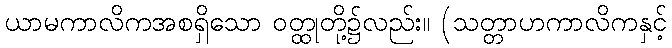
ယာမကာလိကအစရှိသော ဝတ္ထုတို့၌လည်း။ (သတ္တာဟကာလိကနှင့်